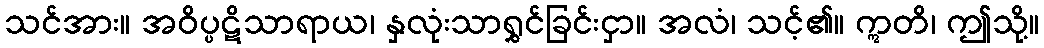
သင်အား။ အဝိပ္ပဋိသာရာယ၊ နှလုံးသာရွှင်ခြင်းငှာ။ အလံ၊ သင့်၏။ ဣတိ၊ ဤသို့။